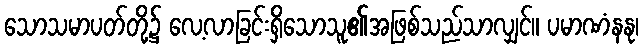
သောသမာပတ်တို့၌ လေ့လာခြင်းရှိသောသူ၏အဖြစ်သည်သာလျှင်။ ပမာဏံနနု၊